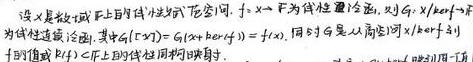
设$X$是数域$\mathbb{K}$上的线性赋范空间，$f:X\to\mathbb{K}$为线性泛函，则$g:X/\ker f\to\mathbb{K}$为线性泛函，其中$g([x]) = g(x+\ker f)=f(x)$，同时$g$是从商空间$X/\ker f$到$\mathbb{K}$的线性同构。